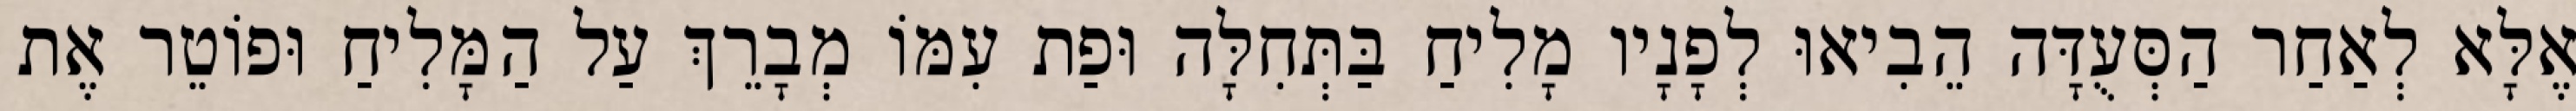
אֶלָּא לְאַחַר הַסְּעֻדָּה הֵבִיאוּ לְפָנָיו מָלִיחַ בַּתְּחִלָּה וּפַת עִמּוֹ מְבָרֵךְ עַל הַמָּלִיחַ וּפוֹטֵר אֶת